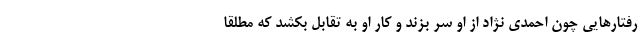
رفتارهایی چون احمدی نژاد از او سر بزند و کار او به تقابل بکشد که مطلقا